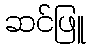
ဆင်ဖြူ